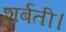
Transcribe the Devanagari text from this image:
शर्बती।